Lunatic asylums Madras 1892-1911 - 1892-1911
Year: 1892
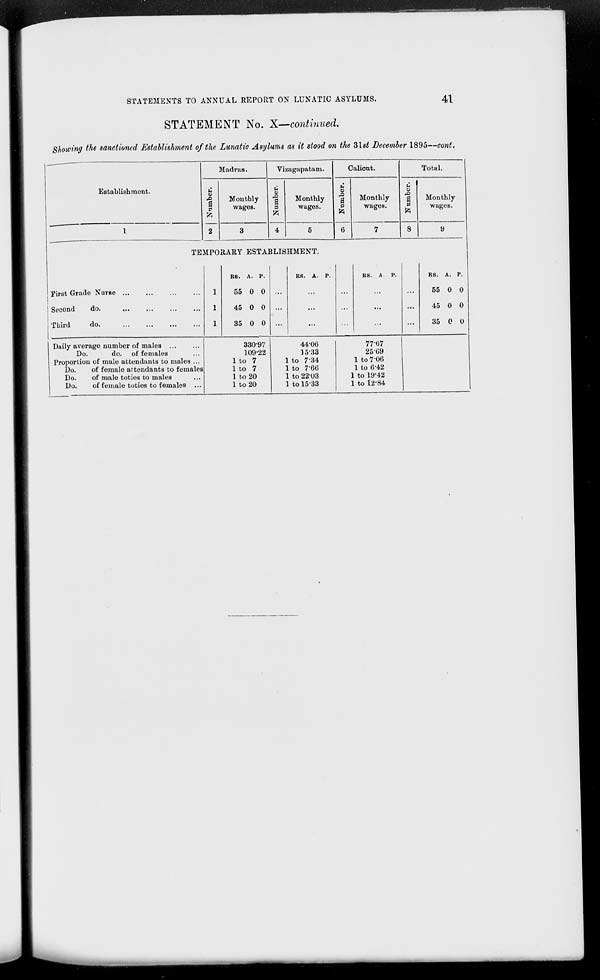
STATEMENTS TO ANNUAL REPORT ON LUNATIC ASYLUMS.
41
STATEMENT No. X—continued.
Showing the sanctioned Establishment of the Lunatic Asylums as it stood on the Slst December 1895—cont.
Establishment.
First Grade Nurse
Second
do.
Third
do.
Madras.
a
Monthly
wages.
Vizagapatam.
a
3
to
Monthly
wages.
Calient.
a
p
Monthly
wages.
Total.
a
a
p
to
Monthly
wages.
TEMPORARY ESTABLISHMENT.
RS. A. P.
55 0 0 ...
45 0 0 ...
35 0 0 ...
RS. A. P.
RS. A. P.
RS. A. P.
55 0 0
45 0 0
35 0 0
Daily average number of males ...
Do.
do. of females
Proportion of male attendants to males ...
Do.
of female attendants to females
Do.
of male totios to males
Do.
of female toties to females ...
330-97
109-22
to 7
to 7
to 20
to 20
44-06
15-33
to 7-34
to 7-6(5
to 22-03
to 1533
77-67
2569
1 to 7 06
1 to 6-42
1 to 19'42
1 to 12-84